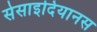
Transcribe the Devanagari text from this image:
सेसाइदियानस